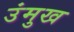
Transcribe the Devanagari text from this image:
उंमुख